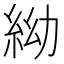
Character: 𥿌